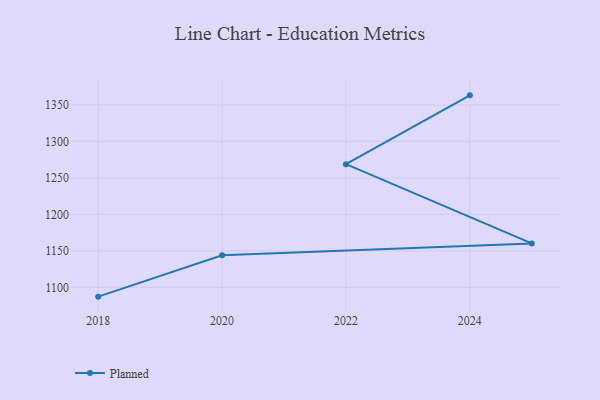
{"axis": {"x": "Year", "y": "Conversion Rate (%)"}, "legend": ["Planned"], "data": [{"x": "2018", "y": 1087.3, "type": "Planned"}, {"x": "2020", "y": 1144.0, "type": "Planned"}, {"x": "2025", "y": 1160.3, "type": "Planned"}, {"x": "2022", "y": 1269.0, "type": "Planned"}, {"x": "2024", "y": 1363.3, "type": "Planned"}]}